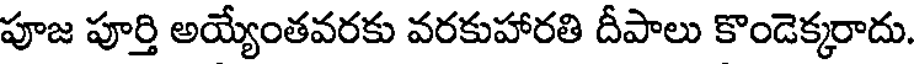
పూజ పూర్తి అయ్యేంతవరకు వరకుహారతి దీపాలు కొండెక్కరాదు.